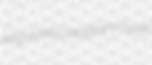
antiphonally Christiform Pavyer